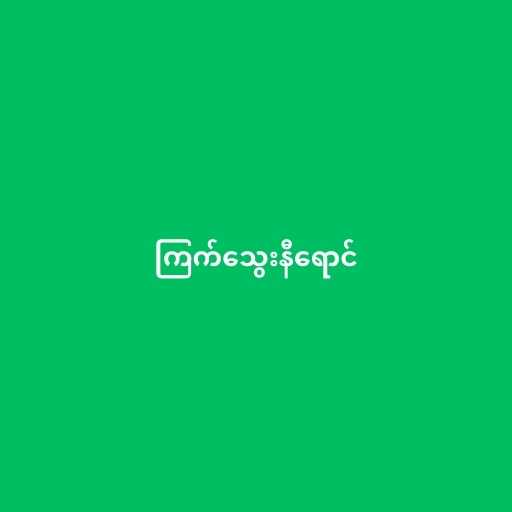
ကြက်သွေးနီရောင်